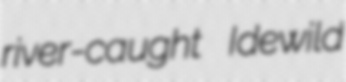
river-caught Idewild